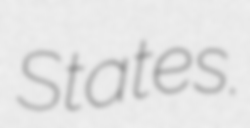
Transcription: States.